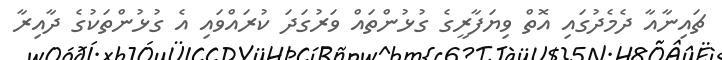
ޗައިނާއާ ދެމެދުގައި އޮތް ވިޔަފާރީގެ ގުޅުންތައް ވަރުގަދަ ކުރައްވައި އެ ގުޅުންތަކުގެ ދާއިރާ